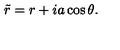
\tilde { r } = r + i a \cos \theta .